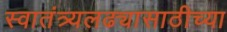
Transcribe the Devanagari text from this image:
स्वातंत्र्यलढ्यासाठीच्या